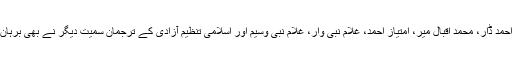
مقبوضہ کشمیر سے تعقل رکھنے والے شبیر احمد شاہ، شبیر احمد ڈار، محمد اقبال میر، امتیاز احمد، غلام نبی وار، غلام نبی وسیم اور اسلامی تنظیم آزادی کے ترجمان سمیت دیگر نے بھی برہان وانی کی شہادت پر انہیں زبردست خراج عقیدت پیش کیا ہے۔